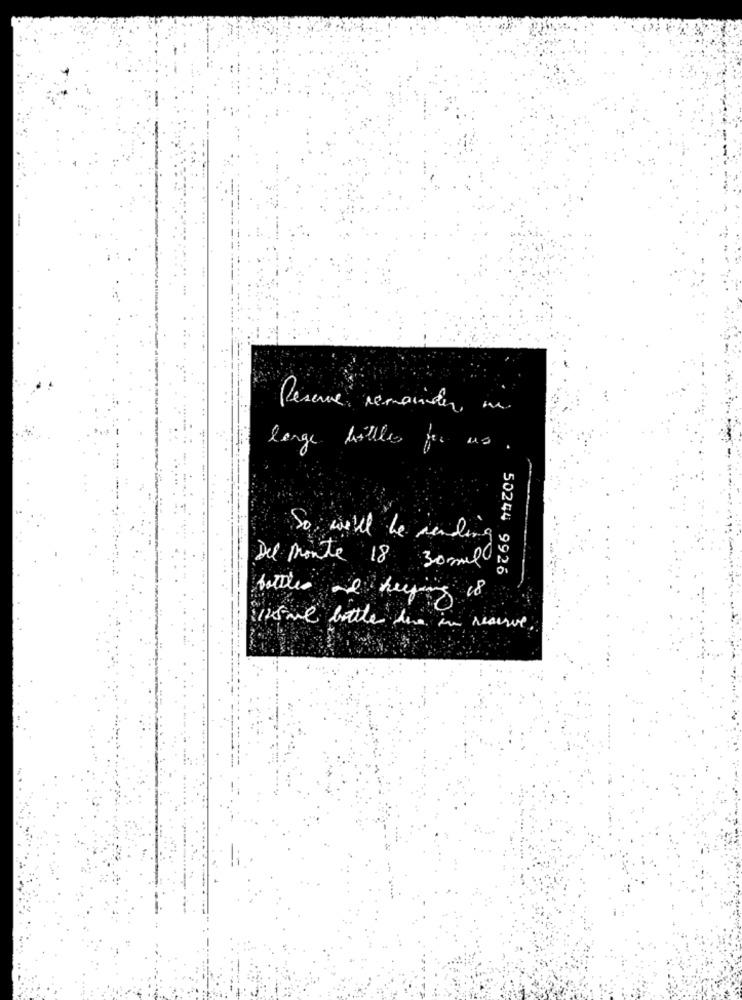
Rescue remainder, "
lange billes for us
So will be sending
Del Monte 18 30mil
50244 9926
bottles and heping is
is ml botle die in reaisve